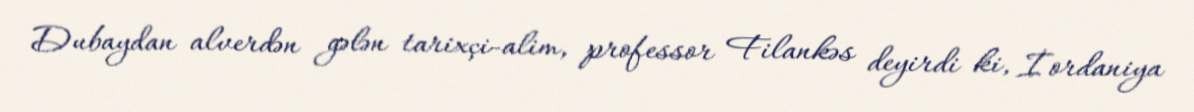
Dubaydan alverdən gələn tarixçi-alim, professor Filankəs deyirdi ki, İordaniya